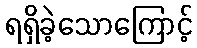
ရရှိခဲ့သောကြောင့်